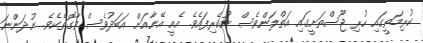
ކުރިމަތީގައި ހުރި ޖޫސްތަށީގައި އަތްލަންވެސް ނުކެރިފައެވެ. އެއީ އޭނާއަށް އަބަދުވެސް ވާގޮތެކެވެ. ނުދަންނަ